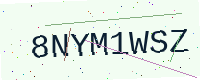
Text: 8NYM1WSZ